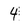
Character: 4